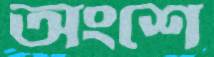
অংশে